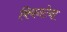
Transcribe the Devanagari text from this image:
क्विनटेना